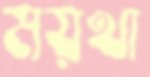
ময়থা